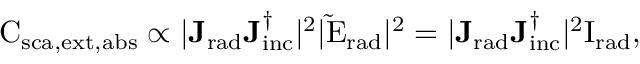
\mathrm { C _ { \mathrm { { s c a } , \mathrm { e x t } , \mathrm { a b s } } } \propto | \mathbf { J _ { \mathrm { { r a d } } } } \mathbf { J _ { \mathrm { { i n c } } } ^ { \dagger } } | ^ { 2 } | \tilde { \mathrm { E } } _ { \mathrm { { r a d } } } | ^ { 2 } = | \mathbf { J _ { \mathrm { r a d } } } \mathbf { J _ { \mathrm { { i n c } } } ^ { \dagger } } | ^ { 2 } { \mathrm { I } } _ { \mathrm { { r a d } } } , }